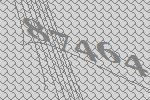
87464